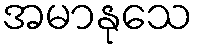
အမာနုသေ